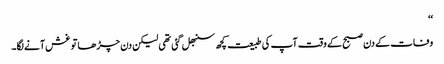
‘‘
وفات کے دن صبح کے وقت آپ کی طبیعت کچھ سنبھل گئی تھی لیکن دن چڑھا تو غش آنے لگا۔